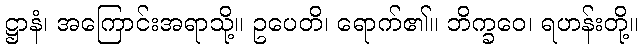
ဋ္ဌာနံ၊ အကြောင်းအရာသို့။ ဥပေတိ၊ ရောက်၏။ ဘိက္ခဝေ၊ ရဟန်းတို့။